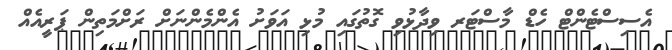
އެސިސްޓެންޓް ހެޑް މާސްޓަރ ވިދާޅުވި ގޮތުގައި މުޅި އަވަށު އެންމެންނަށް ރަށްމަތިން ޕަރީއެއް